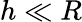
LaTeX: h\ll R